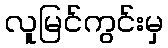
လူမြင်ကွင်းမှ